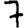
Digit: 7